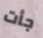
جأت